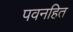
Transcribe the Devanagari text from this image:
पवनहित